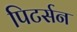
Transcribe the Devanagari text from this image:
पिटर्सन